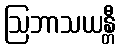
ဩဘာသယန္တီ